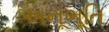
અનૂભૂતિ